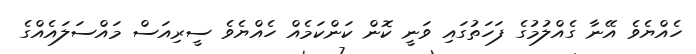
ހެއްޔެވެ އޭނާ ގެއްލުމުގެ ފަހަތުގައި ވަނީ ކޮން ކަންކަމެއް ހެއްޔެވެ ސީރިއަސް މައްސަލައެއްގެ